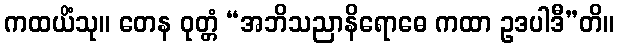
ကထယိံသု။ တေန ဝုတ္တံ “အဘိသညာနိရောဓေ ကထာ ဥဒပါဒီ”တိ။